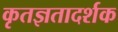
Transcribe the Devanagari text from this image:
कृतज्ञतादर्शक